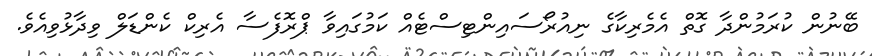
ބޭނުން ކުރަމުންދާ ގޮތް އެމެރިކާގެ ނިއުރޯސައިންޓިސްޓެއް ކަމުގައިވާ ޕްރޮފެސާ އެރިކް ކެންޑަލް ވިދާޅުވިއެވެ.